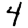
Digit: 4